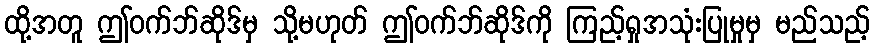
ထို့အတူ ဤဝက်ဘ်ဆိုဒ်မှ သို့မဟုတ် ဤဝက်ဘ်ဆိုဒ်ကို ကြည့်ရှုအသုံးပြုမှုမှ မည်သည့်